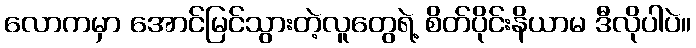
လောကမှာ အောင်မြင်သွားတဲ့လူတွေရဲ့ စိတ်ပိုင်းနိယာမ ဒီလိုပါပဲ။